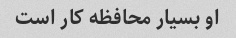
او بسیار محافظه کار است